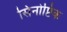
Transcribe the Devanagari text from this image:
सिनोप्टिक